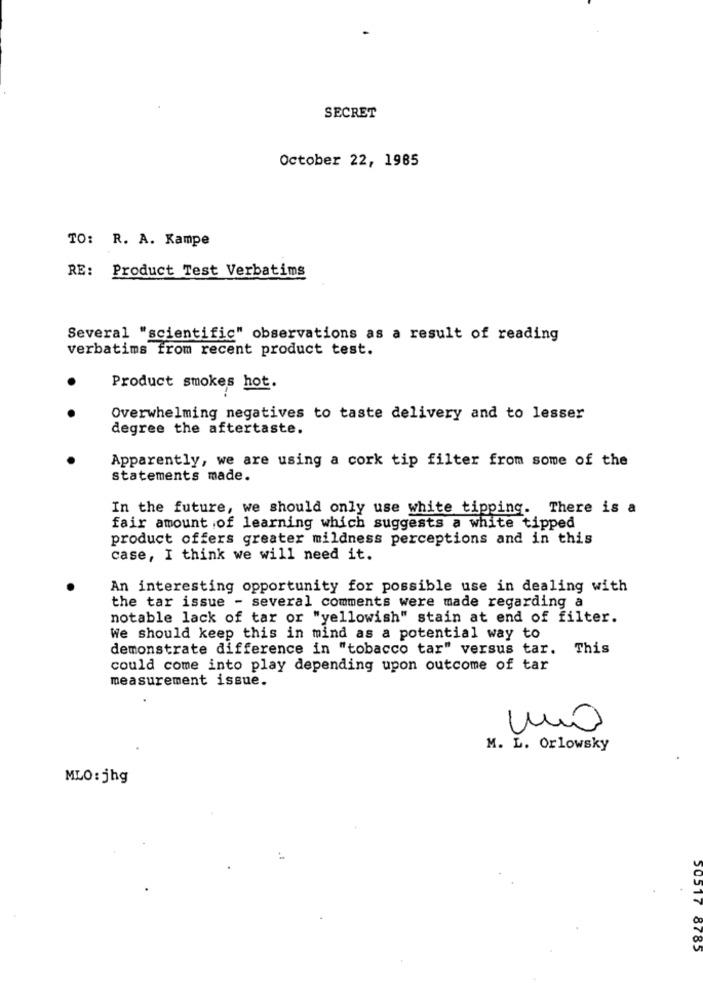
SECRET
October 22, 1985
TO: R. A. Kampe
RE: Product Test Verbatims
Several "scientific" observations as a result of reading
verbatims from recent product test.
Product smokes hot.
Overwhelming negatives to taste delivery and to lesser
degree the aftertaste.
Apparently, we are using a cork tip filter from some of the
statements made.
In the future, we should only use white tipping. There is a
fair amount of learning which suggests a white tipped
product offers greater mildness perceptions and in this
case, I think we will need it.
An interesting opportunity for possible use in dealing with
the tar issue - several comments were made regarding a
notable lack of tar or "yellowish" stain at end of filter.
We should keep this in mind as a potential way to
demonstrate difference in "tobacco tar" versus tar. This
could come into play depending upon outcome of tar
measurement issue.
uno
M. L. Orlowsky
MLO: jhg
50517
8785